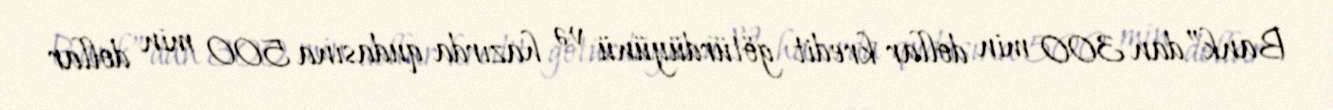
Bank”dan 300 min dollar kredit götürdüyünü və hazırda qudasına 500 min dollar